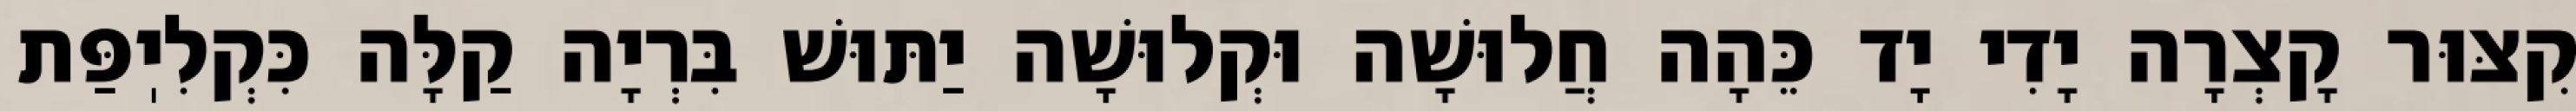
קִצּוּר קָצְרָה יָדִי יָד כֵּהָה חֲלוּשָׁה וּקְלוּשָׁה יַתּוּשׁ בִּרְיָה קַלָּה כִּקְלִיֽפַּת